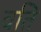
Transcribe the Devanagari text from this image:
वति